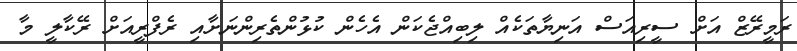
ރަމީރޭޒް އަށް ސީރިއަސް އަނިޔާތަކެއް ލިބިއްޖެކަން އެހެން ކުޅުންތެރިންނަށާއި ރެފްރީއަށް ރޭކާލީ މާ